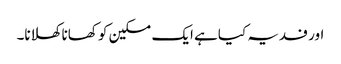
اور فدیہ کیاہے ایک مسکین کو کھانا کھلانا۔